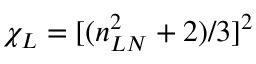
\chi _ { L } = [ ( n _ { L N } ^ { 2 } + 2 ) / 3 ] ^ { 2 }